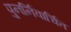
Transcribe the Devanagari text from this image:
पुनर्निवार्चित